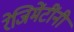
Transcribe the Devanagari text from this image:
रेजिमेंटींनी